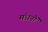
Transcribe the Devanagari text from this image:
मंधनों